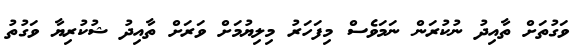
ވަގުތަށް ތާއިދު ނުކުރަން ނަމަވެސް މިފަހަރު މިލިޔުމަށް ވަރަށް ތާއިދު ޝުކުރިޔާ ވަގުތު